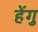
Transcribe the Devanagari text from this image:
हेंगु